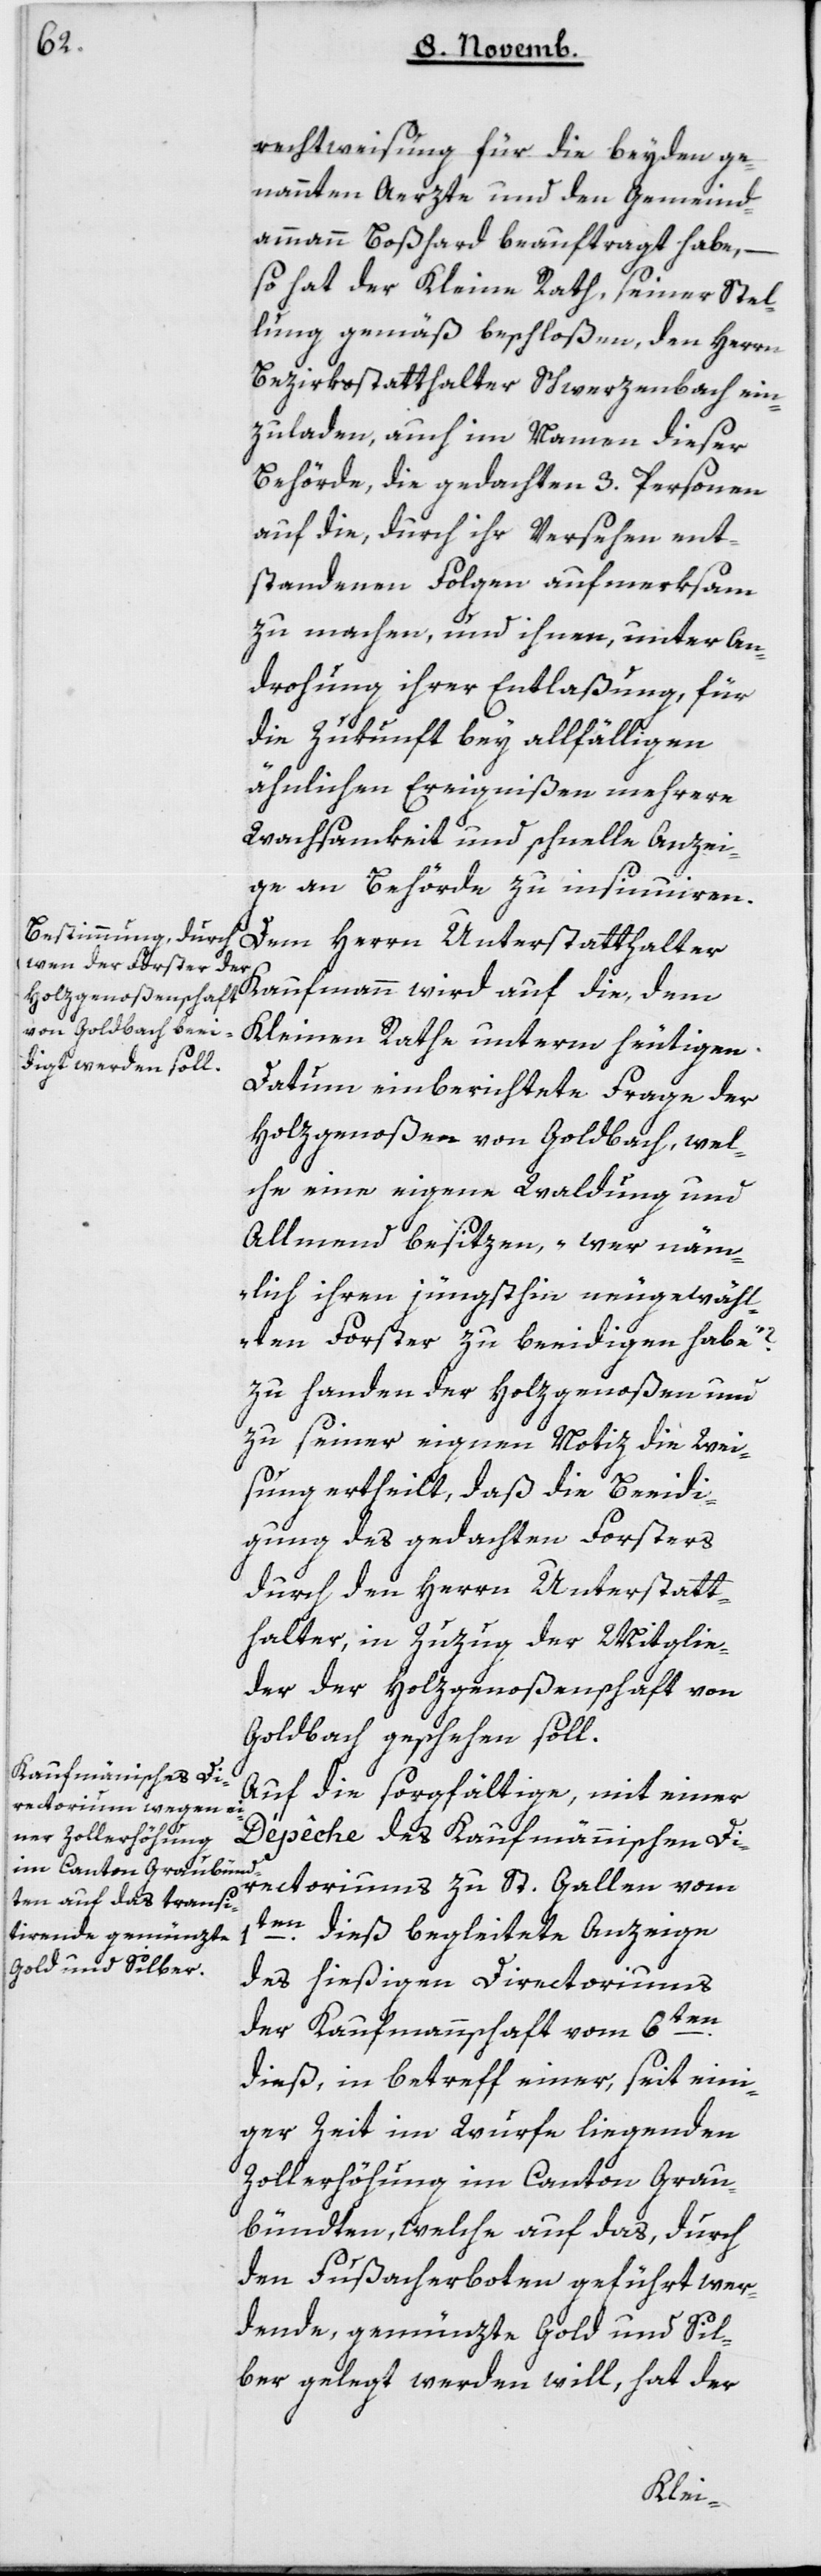
rechtweisung für die beyden ge¬
nannten Ärzte und den Gemeind¬
ammann Boßhard beauftragt habe, –
so hat der Kleine Rath, seiner Stel¬
lung gemäß beschloßen, den Herrn
Bezirksstatthalter Schwerzenbach ein¬
zuladen, auch im Namen dieser
Behörde, die gedachten 3 Personen
auf die, durch ihr Versehen ent¬
standenen Folgen aufmerksam
zu machen, und ihnen, unter An¬
drohung ihrer Entlaßung, für
die Zukunft bey allfälligen
ähnlichen Ereignißen mehrere
Wachsamkeit und schnelle Anzei¬
ge an Behörde zu insinuieren.
Dem Herrn Unterstatthalter
Kaufmann wird auf die, dem
Kleinen Rathe unterm heutigen
Datum einberichtete Frage der
Holzgenoßen von Goldbach, wel¬
che eine eigene Waldung und
Allmend besitzen, „wer näm¬
lich ihren jüngsthin neugewähl¬
ten Forster zu beeidigen habe?“
zu Handen der Holzgenoßen und
zu seiner eignen Notiz die Wei¬
sung ertheilt, daß die Beeidi¬
gung des gedachten Forsters
durch den Herrn Unterstatt¬
halter, in Zuzug der Mitglie¬
der der Holzgenoßenschaft von
Goldbach geschehen soll.
Auf die sorgfältige, mit einer
Dépêche des Kaufmännischen Di¬
rectoriums zu St. Gallen vom
1ten dieß begleitete Anzeige
des hießigen Directoriums
der Kaufmannschaft vom 6ten
dieß, in Betreff einer, seit eini¬
ger Zeit im Wurfe liegenden
Zollerhöhung im Canton Grau¬
bündten, welche auf das, durch
den Fußacherboten geführt wer¬
dende, gemünzte Gold und Sil¬
ber gelegt werden will, hat der